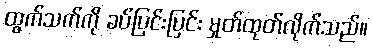
ထွက်သက်ကို ခပ်ပြင်းပြင်း မှုတ်ထုတ်လိုက်သည်။